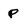
Character: p